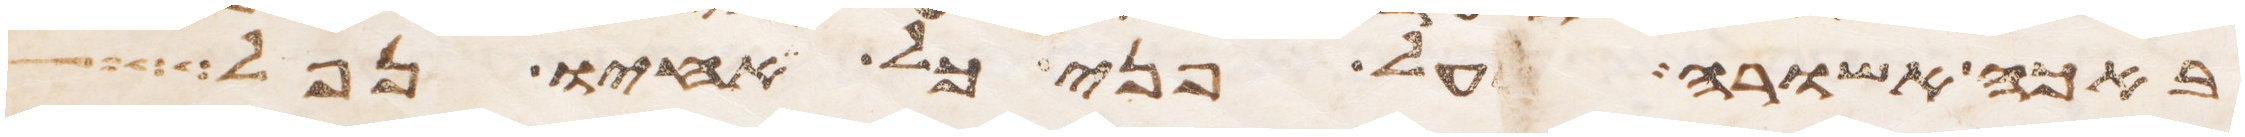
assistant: באכה אשורה על פני כל אחיו נפל